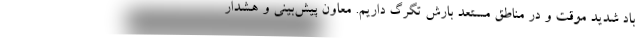
باد شدید موقت و در مناطق مستعد بارش تگرگ داریم. معاون پیش‌بینی و هشدار